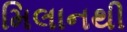
મિલાનથી